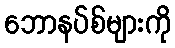
ဘောနပ်စ်များကို